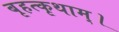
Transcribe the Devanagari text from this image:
बृहत्कृथाम्।